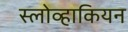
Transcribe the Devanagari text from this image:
स्लोव्हाकियन